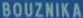
BOUZNIKA